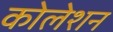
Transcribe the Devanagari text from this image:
कोलेशन